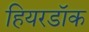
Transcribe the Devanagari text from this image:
हियरडॉक